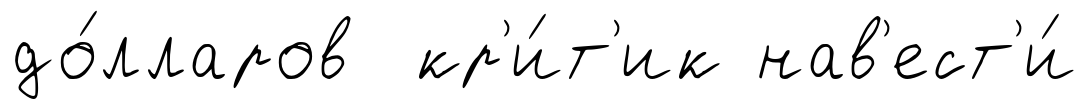
до́лларов кр'и́т'ик нав'ест'и́